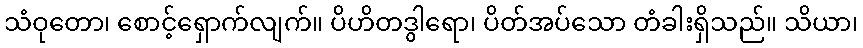
သံဝုတော၊ စောင့်ရှောက်လျက်။ ပိဟိတဒွါရော၊ ပိတ်အပ်သော တံခါးရှိသည်။ သိယာ၊